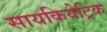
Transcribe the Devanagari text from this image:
सायकियेट्रिक